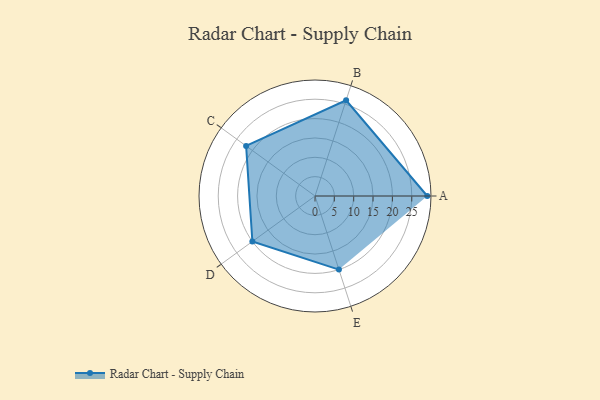
{"axis": {"x": "Skill", "y": "Score"}, "legend": ["Profile"], "data": [{"x": "A", "y": 29.0, "type": "Profile"}, {"x": "B", "y": 26.0, "type": "Profile"}, {"x": "C", "y": 22.0, "type": "Profile"}, {"x": "D", "y": 20, "type": "Profile"}, {"x": "E", "y": 20, "type": "Profile"}]}